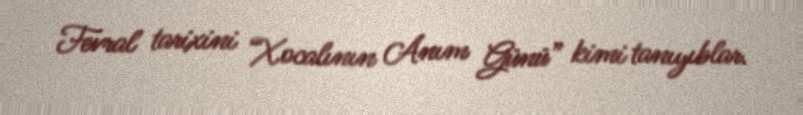
Fevral tarixini “Xocalının Anım Günü” kimi tanıyıblar.